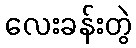
လေးခန်းတွဲ